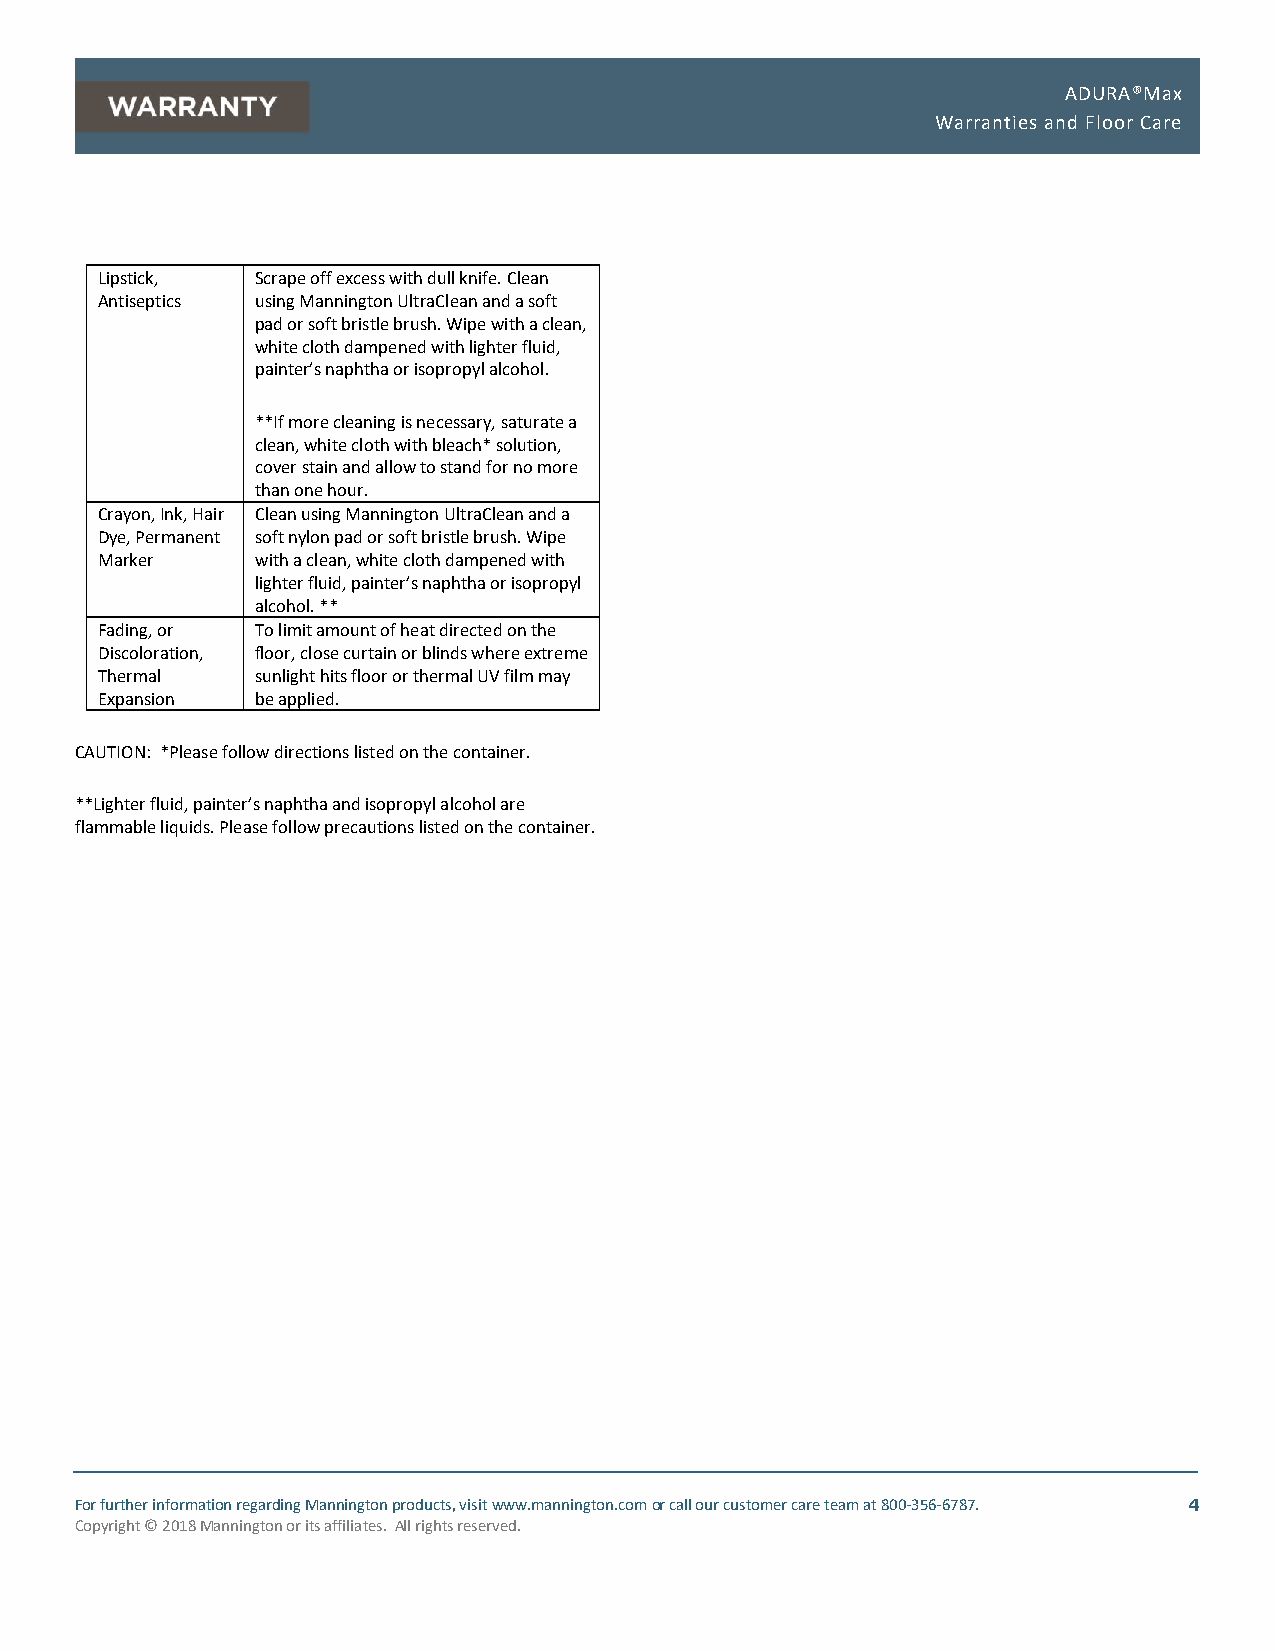
ADURA®Max
 Warranties and Floor Care
 Lipstick,  Scrape off excess with dull knife. Clean
 Antiseptics using Mannington UltraClean and a soft
 pad or soft bristle brush. Wipe with a clean,
 white cloth dampened with lighter fluid,
 painter’s naphtha or isopropyl alcohol.
 **If more cleaning is necessary, saturate a
 clean, white cloth with bleach* solution,
 cover stain and allow to stand for no more
 than one hour.
 Crayon, Ink, Hair Clean using Mannington UltraClean and a
 Dye, Permanent soft nylon pad or soft bristle brush. Wipe
 Marker     with a clean, white cloth dampened with
 lighter fluid, painter’s naphtha or isopropyl
 alcohol. **
 Fading, or To limit amount of heat directed on the
 Discoloration, floor, close curtain or blinds where extreme
 Thermal    sunlight hits floor or thermal UV film may
 Expansion  be applied.
 CAUTION: *Please follow directions listed on the container.
 **Lighter fluid, painter’s naphtha and isopropyl alcohol are
 flammable liquids. Please follow precautions listed on the container.
 For further information regarding Mannington products, visit www.mannington.com or call our customer care team at 800-356-6787. 4
 Copyright © 2018 Mannington or its affiliates. All rights reserved.